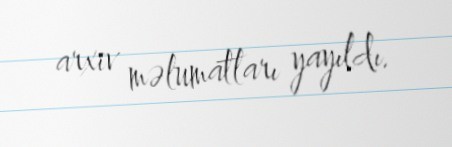
arxiv məlumatları yayıldı.